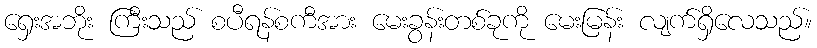
ရှေးအဘိုး ကြီးသည် စပီရန်စကီအား မေးခွန်းတစ်ခုကို မေးမြန်း လျက်ရှိလေသည်။